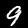
Label: 9